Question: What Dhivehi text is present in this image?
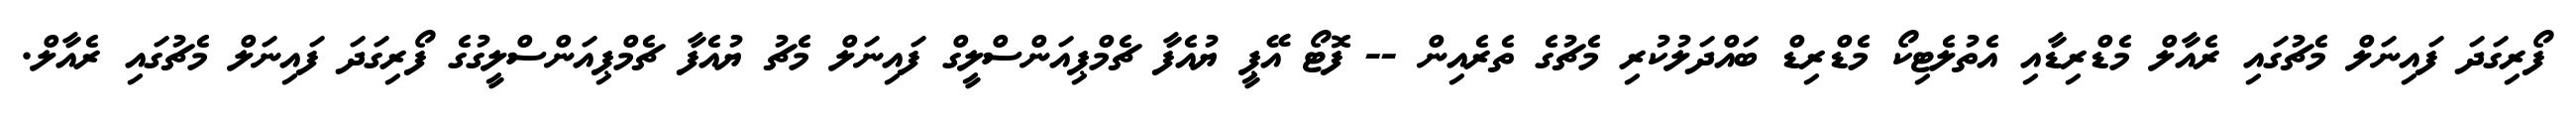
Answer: ފޯރިގަދަ ފައިނަލް މެޗުގައި ރެއާލް މެޑްރިޑާއި އެތުލެޓިކޯ މެޑްރިޑް ބައްދަލުކުރި މެޗުގެ ތެރެއިން -- ފޮޓޯ އޭޕީ ޔުއެފާ ޗެމްޕިއަންސްލީގް ފައިނަލް މެޗު ޔުއެފާ ޗެމްޕިއަންސްލީގުގެ ފޯރިގަދަ ފައިނަލް މެޗުގައި ރެއާލް.